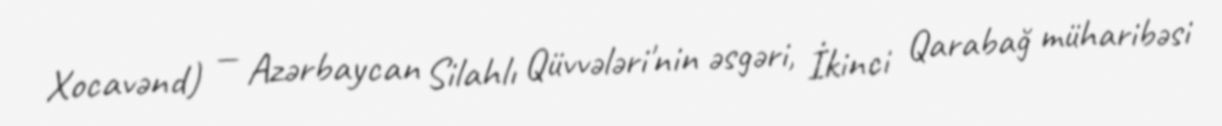
Xocavənd) — Azərbaycan Silahlı Qüvvələri'nin əsgəri, İkinci Qarabağ müharibəsi